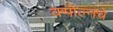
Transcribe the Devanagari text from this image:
क्योल्नचे